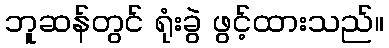
ဘူဆန်တွင် ရုံးခွဲ ဖွင့်ထားသည်။